Annual report of the Madras Medical College
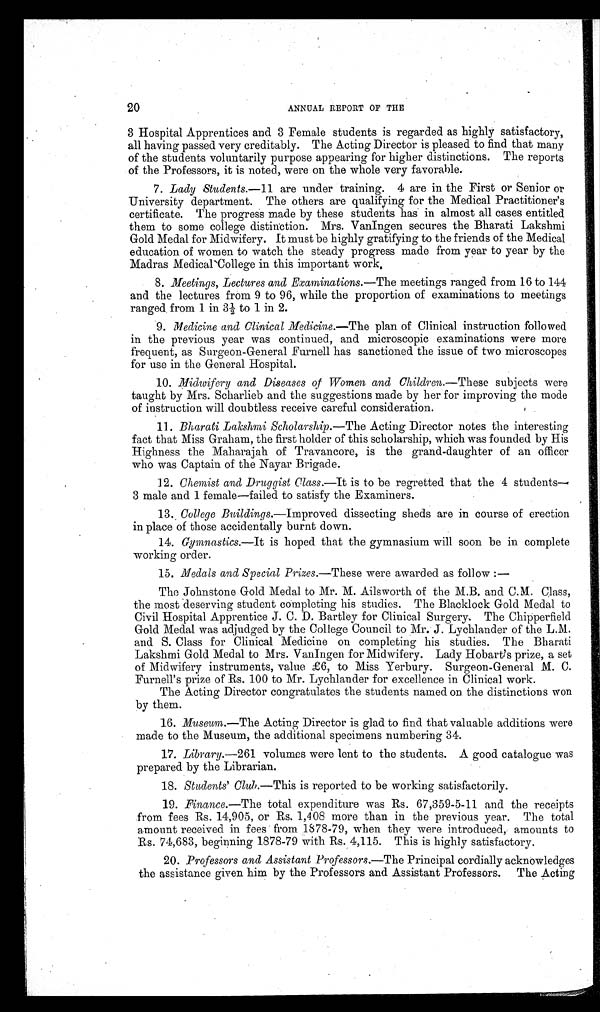
20
ANNUAL REPORT OF THE
3 Hospital Apprentices and 3 Female students is regarded as highly satisfactory,
all having passed very creditably. The Acting Director is pleased to find that many
of the students voluntarily purpose appearing for higher distinctions. The reports
of the Professors, it is noted, were on the whole very favorable.
7. Lady Students .—11 are under training. 4 are in the First or Senior or
University department. The others are qualifying for the Medical Practitioner's
certificate. The progress made by these students has in almost all cases entitled
them to some college distinction. Mrs. VanIngen secures the Bharati Lakshmi
Gold Medal for Midwifery. It must be highly gratifying to the friends of the Medical
education of women to watch the steady progress made from year to year by the
Madras Medical College in this important work.
8. Meetings, Lectures and Examinations .—The meetings ranged from 16 to 144
and the lectures from 9 to 96, while the proportion of examinations to meetings
ranged, from 1 in 3½ to 1 in 2.
9. Medicine and Clinical Medicine .—The plan of Clinical instruction followed
in the previous year was continued, and microscopic examinations were more
frequent, as Surgeon-General Furnell has sanctioned the issue of two microscopes
for use in the General Hospital.
10. Midwifery and Diseases of Women and Children .—These subjects were
taught by Mrs. Scharlieb and the suggestions made by her for improving the mode
of instruction will doubtless receive careful consideration.
11.
Bharati Lakshmi Scholarship .—The Acting Director notes the interesting
fact that Miss Graham, the first holder of this scholarship, which was founded by His
Highness the Maharajah of Travancore, is the grand-daughter of an officer
who was Captain of the Nayar Brigade.
12. Chemist and Druggist Class .—It is to be regretted that the 4 students
—3 male and 1 female—failed to satisfy the Examiners.
13. College Buildings .—Improved dissecting sheds are in course of erection
in place of those accidentally burnt down.
14. Gymnastics .—It is hoped that the gymnasium will soon be in complete
working order.
15. Medals and Special Prizes .—These were awarded as follow:—
The Johnstone Gold Medal to Mr. M. Ailsworth of the M.B. and C.M. Class,
the most deserving student completing his studies. The Blacklock Gold Medal to
Civil Hospital Apprentice J. C. D. Bartley for Clinical Surgery. The Chipperfield
Gold Medal was adjudged by the College Council to Mr. J. Lychlander of the L.M.
and S. Class for Clinical Medicine on completing his studies. The Bharati
Lakshmi Gold Medal to Mrs. VanIngen for Midwifery. Lady Hobart’s prize, a set
of Midwifery instruments, value £6, to Miss Yerbury. Surgeon-General M. C.
Furnell's prize of Rs. 100 to Mr. Lychlander for excellence in Clinical work.
The Acting Director congratulates the students named on the distinctions won
by them.
16. Museum .—The Acting Director is glad to find that valuable additions were
made to the Museum, the additional specimens numbering 34.
17. Library .—261 volumes were lent to the students. A good catalogue was
prepared by the Librarian.
18. Students' Club .—This is reported to be working satisfactorily.
19. Finance .—The total expenditure was Rs. 67,359-5-11 and the receipts
from fees Rs. 14,905, or Rs. 1,408 more than in the previous year. The total
amount received in fees from 1878-79, when they were introduced, amounts to
Rs. 74,683, beginning 1878-79 with Rs. 4,115. This is highly satisfactory.
20. Professors and Assistant Professors .—The Principal cordially acknowledges
the assistance given him by the Professors and Assistant Professors. The Acting